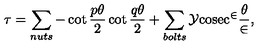
\tau = \sum _ { n u t s } - \cot \frac { p \theta } { 2 } \cot \frac { q \theta } { 2 } + \sum _ { b o l t s } \cal { Y } \mathrm { c o s e c } ^ { 2 } \frac { \theta } { 2 } ,